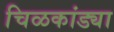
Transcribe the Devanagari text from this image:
चिळकांड्या